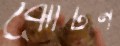
ঝোঁটন